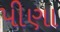
પીણા